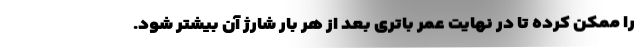
را ممکن کرده تا در نهایت عمر باتری بعد از هر بار شارژ آن بیشتر شود.